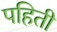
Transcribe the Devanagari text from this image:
पहिती